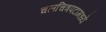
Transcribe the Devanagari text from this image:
चलचित्रपटांमध्ये